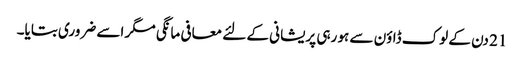
21 دن کے لوک ڈاؤن سے ہو رہی پریشانی کے لئے معافی مانگی مگر اسے ضروری بتایا۔